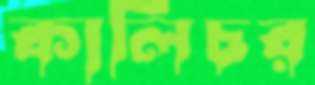
কালিচর